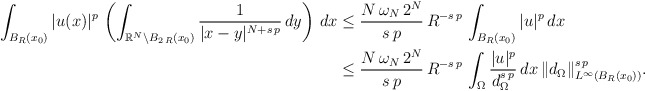
\begin{align*}\int_{B_{R}(x_0)}|u(x)|^p\,\left(\int_{\mathbb{R}^N\setminus B_{2\,R}(x_0)} \frac{1}{|x-y|^{N+s\,p}}\,dy\right)\,dx&\le \frac{N\,\omega_N\,2^N}{s\,p}\,R^{-s\,p}\,\int_{B_R(x_0)} |u|^p\,dx\\&\le \frac{N\,\omega_N\,2^N}{s\,p}\,R^{-s\,p}\,\int_{\Omega} \frac{|u|^p}{d_\Omega^{s\,p}}\,dx\,\|d_\Omega\|^{s\,p}_{L^\infty(B_R(x_0))}.\end{align*}